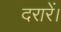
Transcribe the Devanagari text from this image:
दरारें।